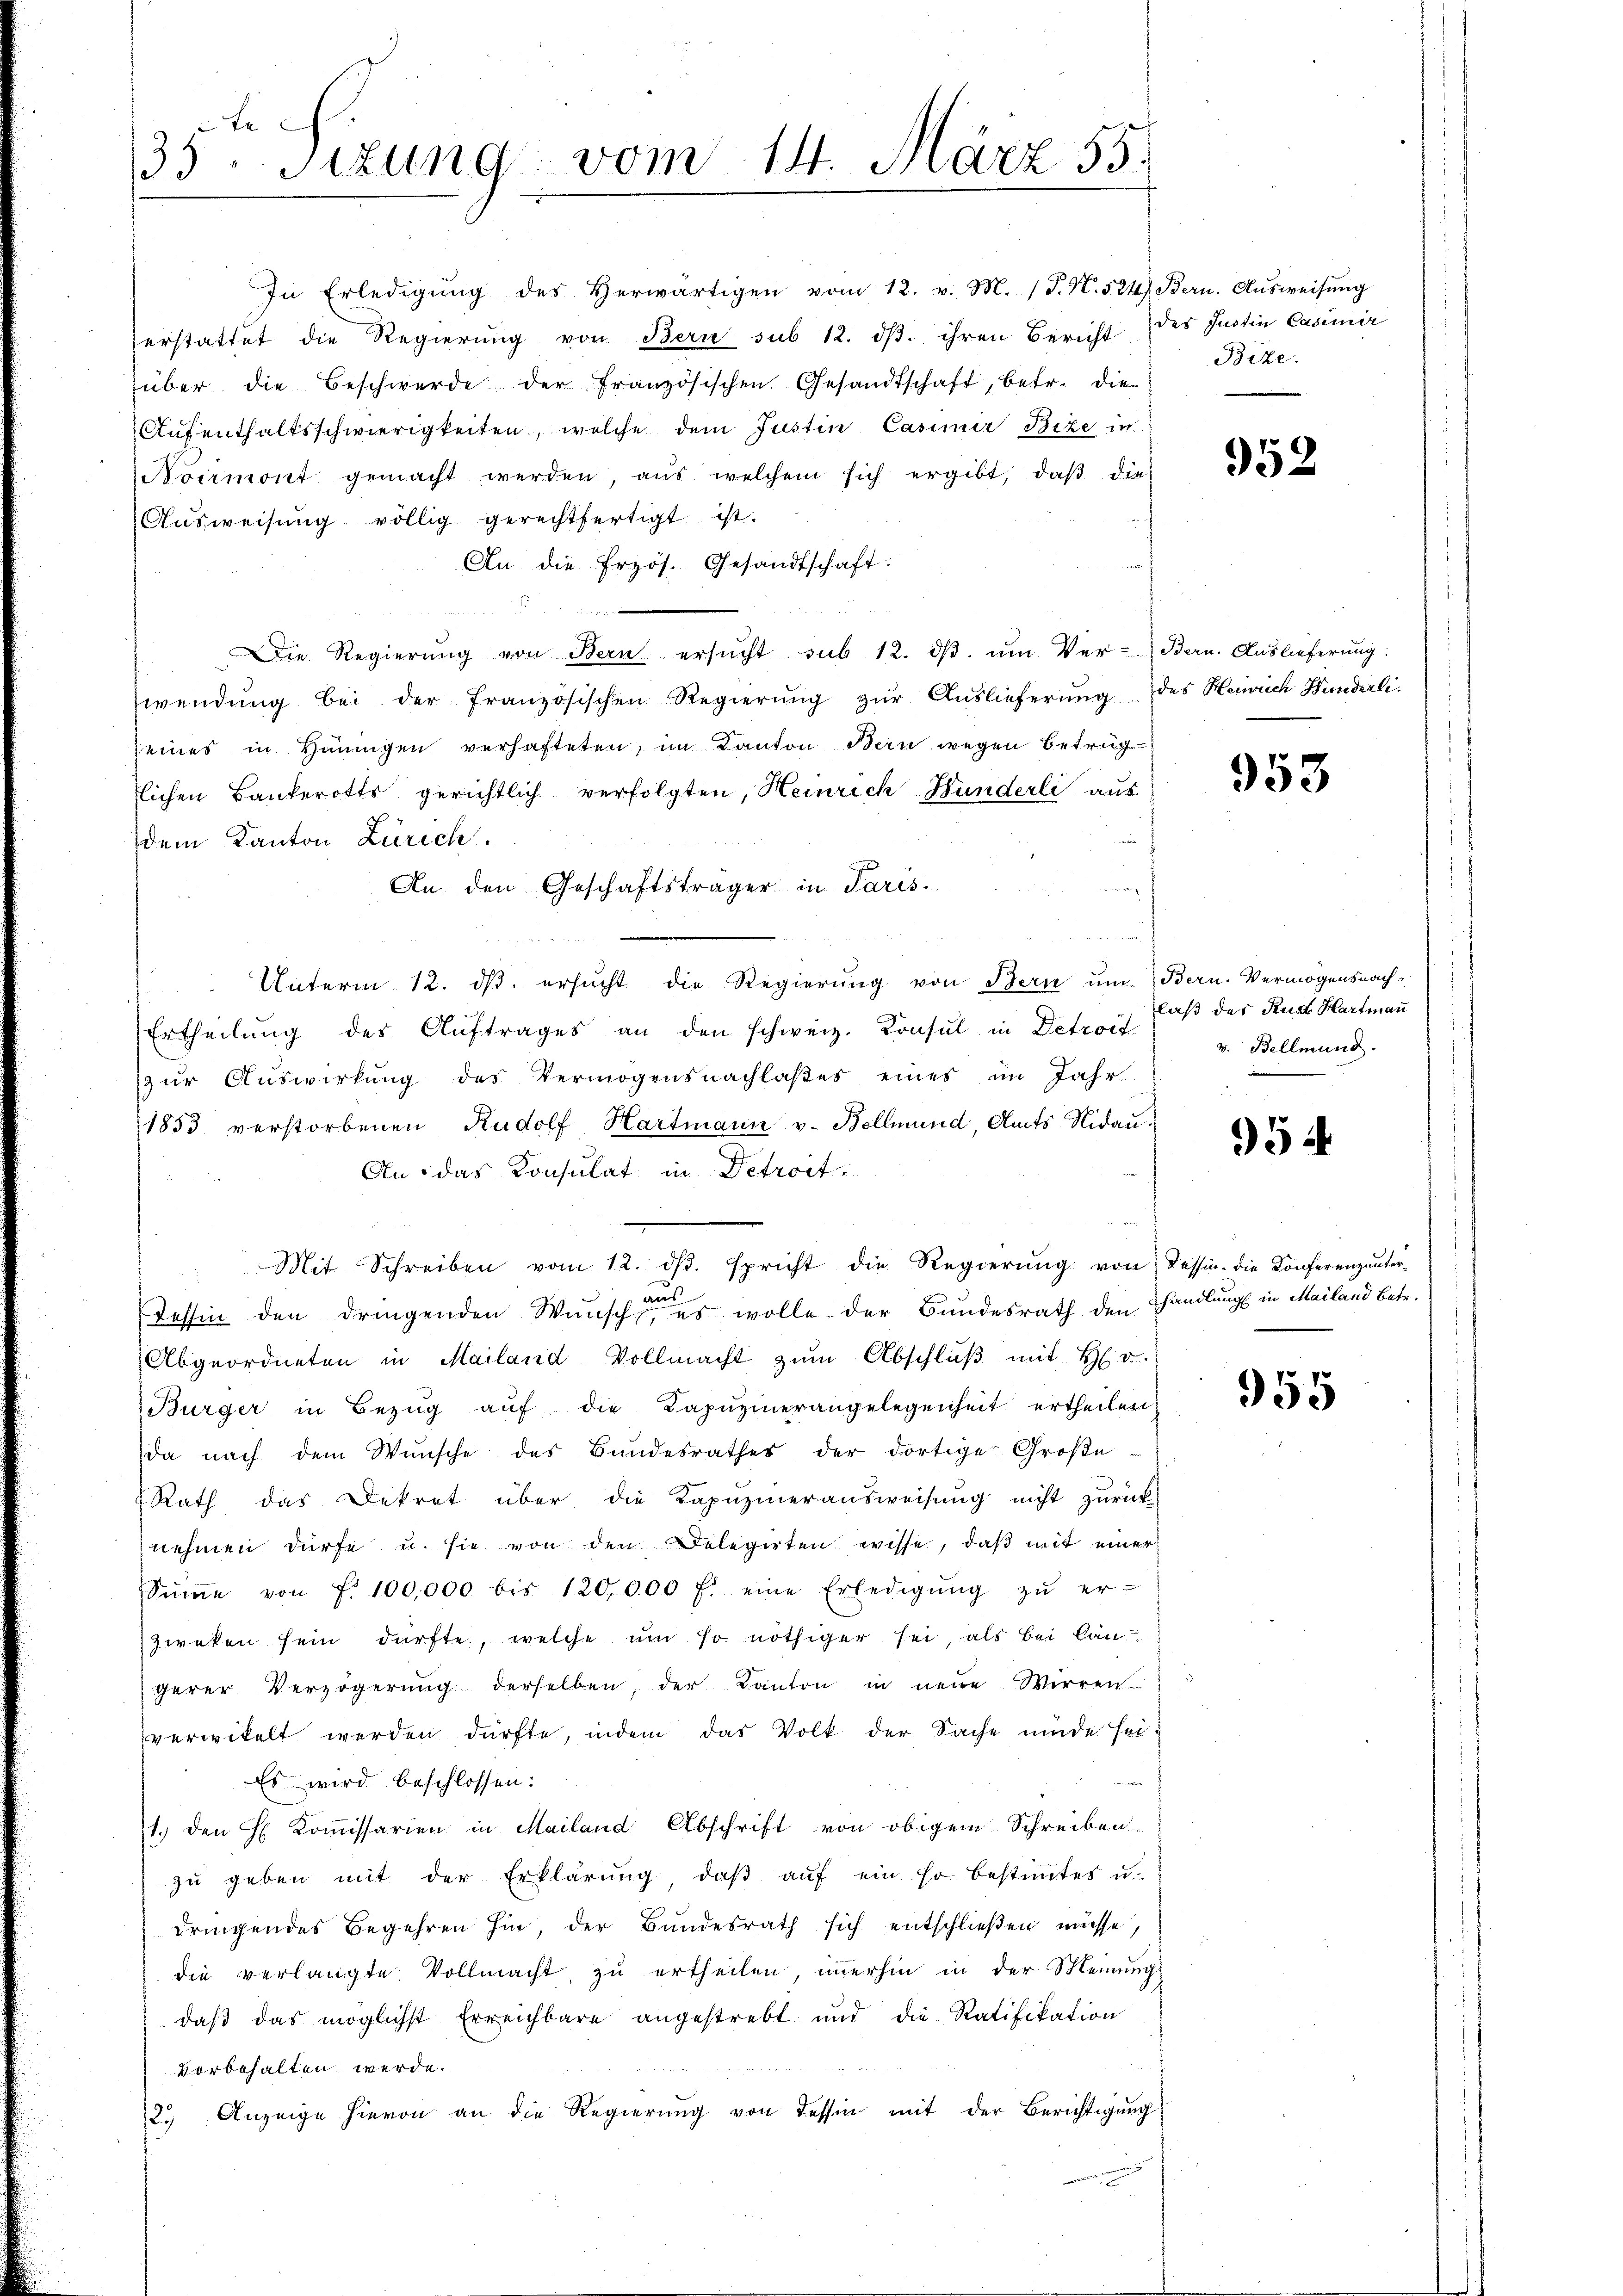
x
33Sizung vom 14. März 55.

In Erledigŭng des herwärtigen vom 12. v. M. (T. N. 524) Bern. Aŭsweisŭng
erstattet die Regierŭng von Bern sub 12. dβ. ihren Bericht des Justin Casimir
über die Beschwerde der französischen Gesandtschaft, betr. die
Aufenthaltsschwierigkeiten, welche dem Justin Casimir Bize in
Noirmont gemacht werden, aus welchem sich ergibt, daβ die
Ausweisung völlig gerechtfertigt ist.
An die Erzös. Gesandtschaft:
d
Die Regierŭng von Bern ersŭcht sub 12. dβ. ŭm Ver- Bern. Auslieferung:
wendŭng bei der französischen Regierŭng zŭr Aŭslieferŭng des Heinrich Hunderliseines in Hüningen verhafteten, im Kanton Bern wegen betrug
lichen Banterotts gerichtlich verfolgten, Heinrich Hunderli aus
dem Kanton Zürich.
An den Geschäftsträger in Paris.
Unterm 12. ds. ersucht die Regierung von Bern um Bern. Vermögensnach¬
Ertheilŭng des Aŭftrages an den schweiz. Konsul in Detroit
zur Auswirkung des Vermögensnachlaßes eines im Jahr
1853 verstorbenen Rudolf Hartmann v. Bellmund, Amts Nidau¬
An das Konsulat in Detrost
e
Mit Schreiben vom 12. dβ. spricht die Regierŭng von Tessin die Konferenzunter-
Tessin den dringenden Wunsche es wolle der Bundesrath den Thandlung in Mailand Betr.
Abgeordneten in Mailand Vollmacht zŭm Abschlŭβ mit H. v.
Bürger in Bezŭg aŭf die Kapŭzinerangelegenheit ertheilen.
da nach dem Wünsche des Bundesrathes der dortige Große
Rath das Dekret über die Kapuzinerausweisung nicht zurück-
nehmen dürfe u. sie von den Delegirten wisse, daß mit einer
Sinne von f. 100,000 bis 120,000 f: eine Erledigŭng zŭ er-
zweken sein dürfte, welche um so nöthiger sei, als bei Cangerer Verzögerung derselben, der Kanton in neue Wirren.
verwickelt werden dürfte, indem das Volk der Sache müde sei¬
Es wird beschlossen:
1. den H. Kommissarien in Mailand Abschrift von obigem Schreiben
zŭ geben mit der Erklärung, daβ aŭf ein so bestimmtes u.
dringendes Begehren hin, der Bundesrath sich entschließen müsse,
die verlangte Vollmacht, zu ertheilen, immerhin in der Meinung
daβ das möglichst Erreichbare angestrebt und die Ratifikation
vorbehalten werde.
2.) Anzeige hievon an die Regierung von Tessin mit der Berichtigung

Bite.

952

953

laß der Rud. Hartmann
v. Bellmund.

954

955